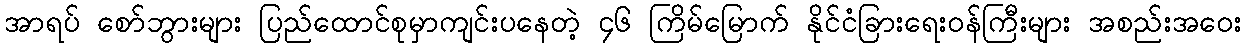
အာရပ် စော်ဘွားများ ပြည်ထောင်စုမှာကျင်းပနေတဲ့ ၄၆ ကြိမ်မြောက် နိုင်ငံခြားရေးဝန်ကြီးများ အစည်းအဝေး